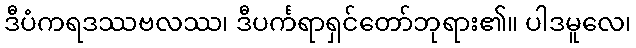
ဒီပံကရဒဿဗလဿ၊ ဒီပင်္ကရာရှင်တော်ဘုရား၏။ ပါဒမူလေ၊